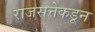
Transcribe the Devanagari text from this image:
राजसत्तेकडून